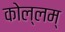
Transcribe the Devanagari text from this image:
कोल्लम्‌